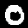
Label: 0